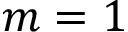
m = 1